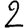
Digit: 2